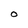
Character: O